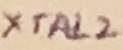
Text: XTAL2